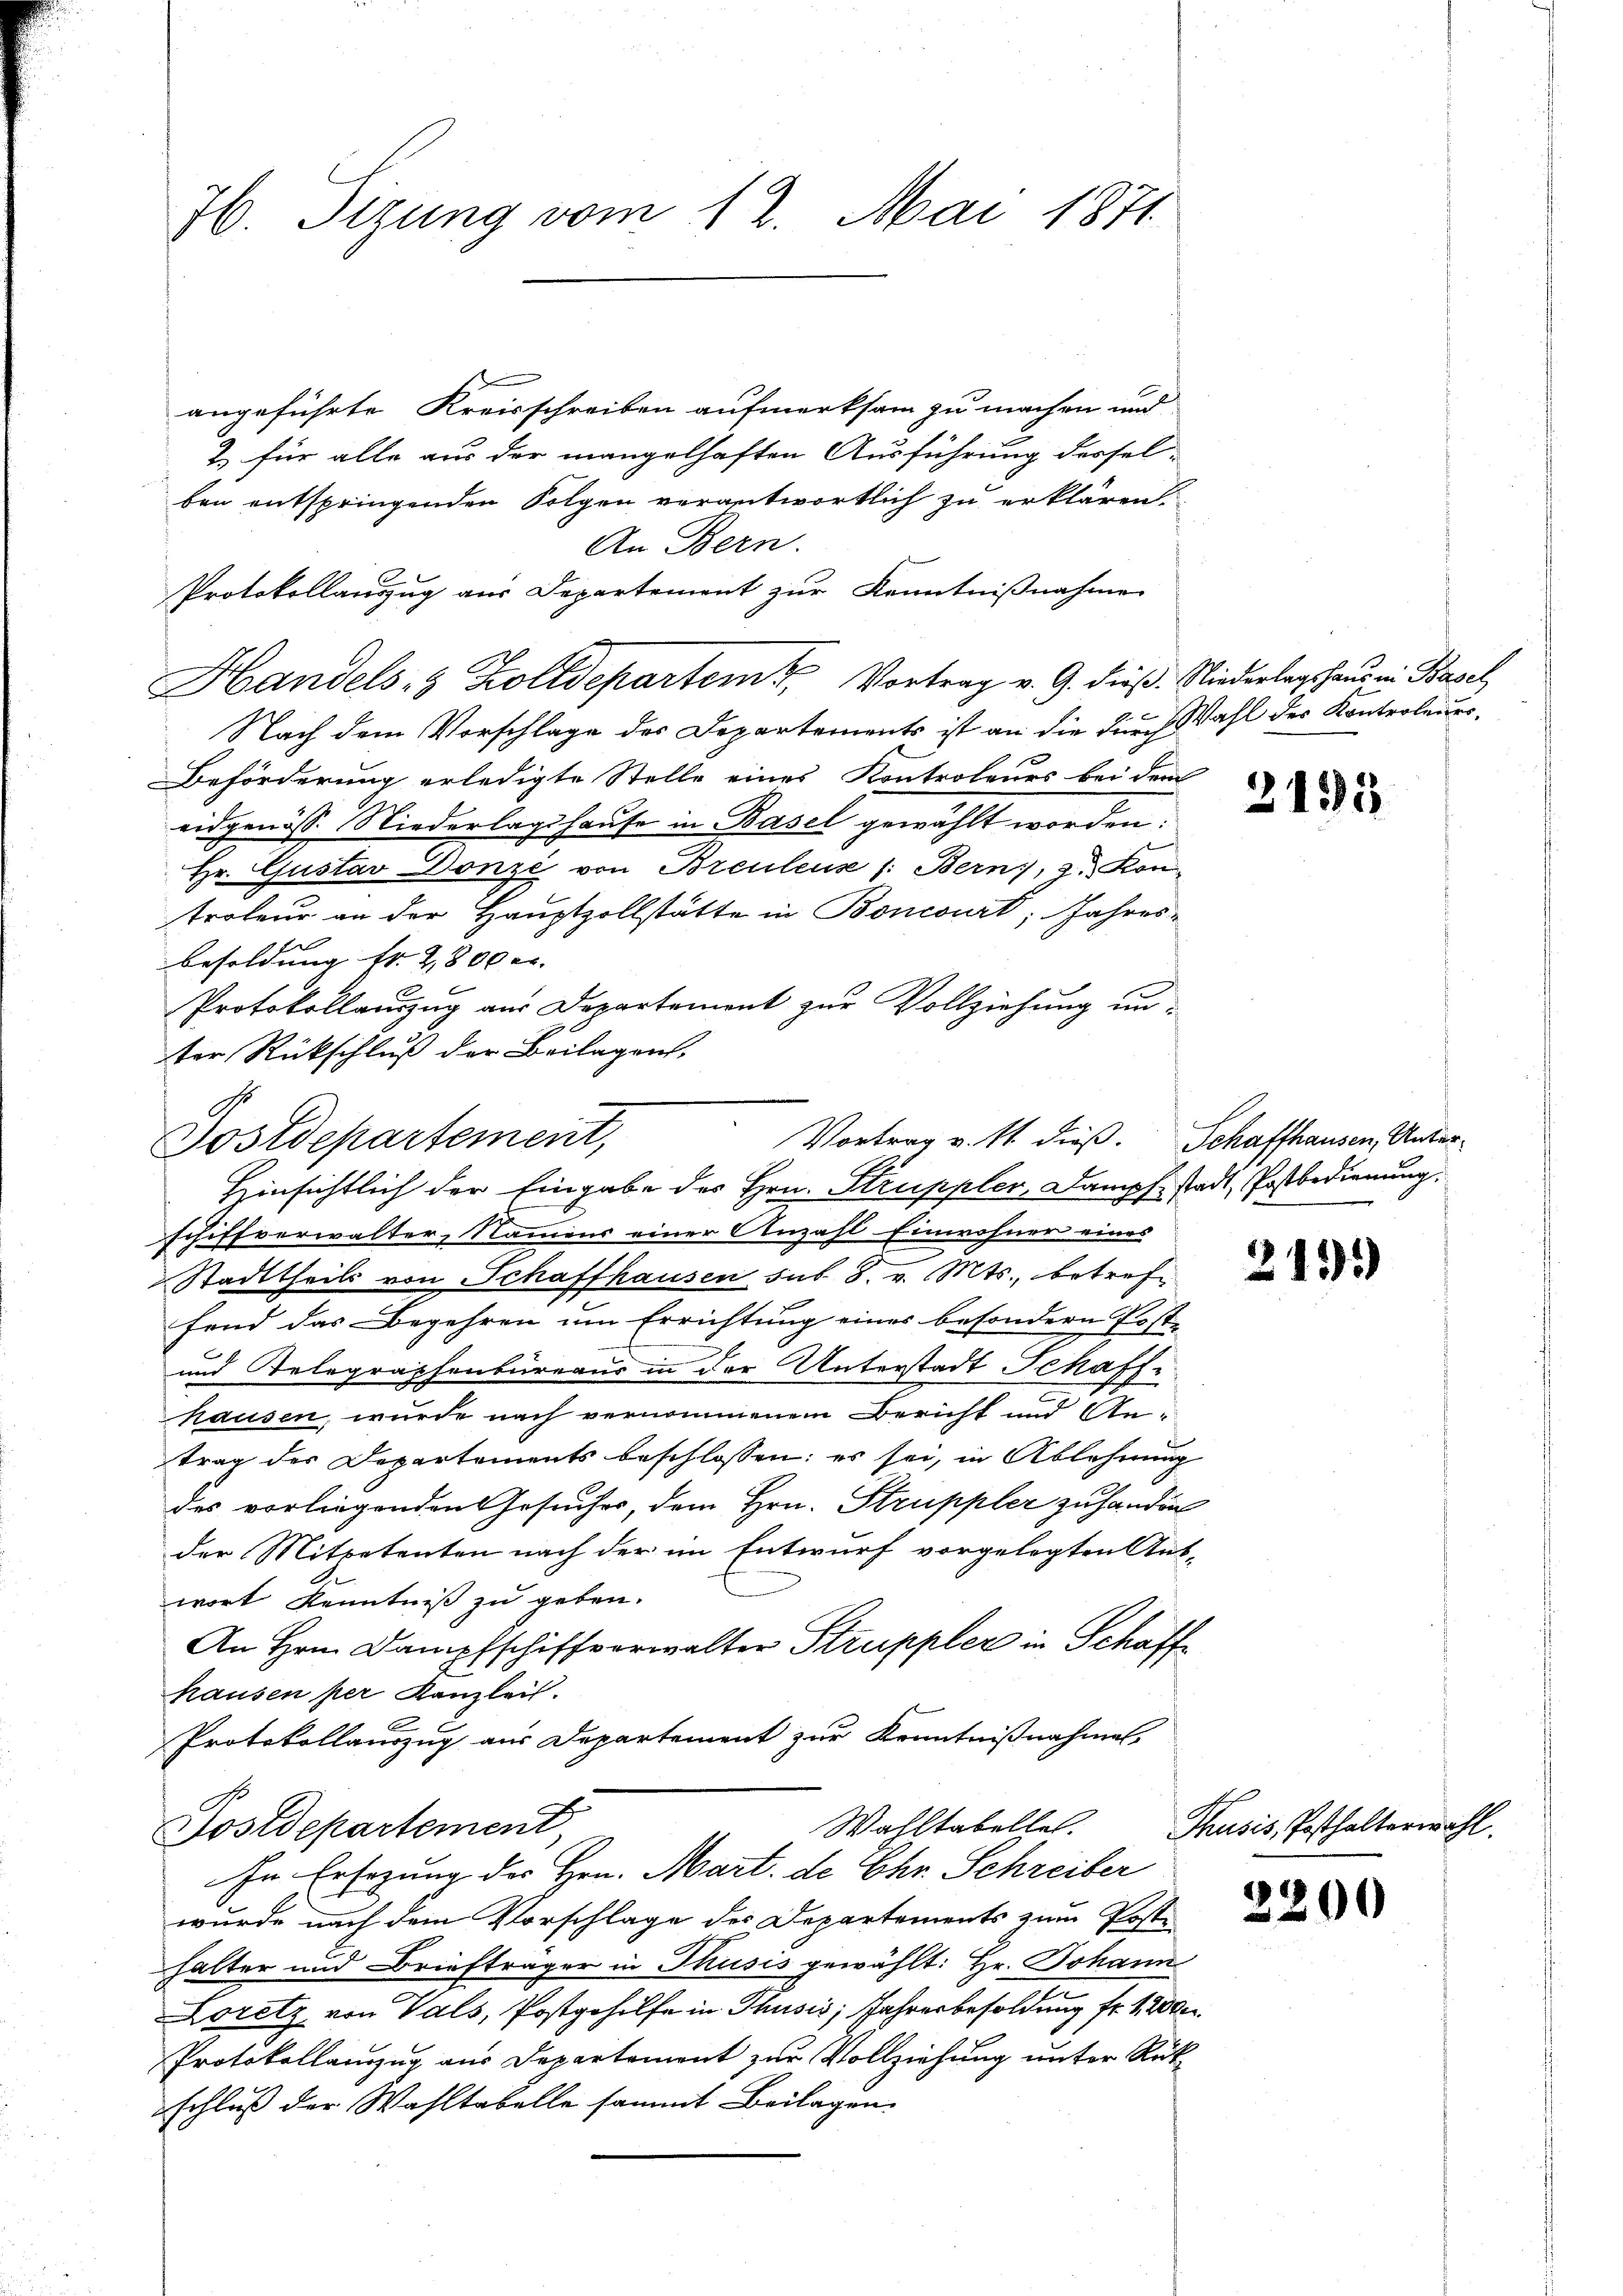
H. Tizung vom 12. Mai 1871

An Bern.
Protokollauszug aus Departement zur Kenntnißnahme

angeführte Kreisschreiben aufmerksam zu machen und
2.) für alle aus der mangelhaften Ausführung dersel-
ben entspringenden Folgen verantwortlich zu erklären.
Handels- & Zolldepartem Vortrag v. G. dieβ. Niederlagshaus in Basel
Nach dem Vorschlage des Departements ist an die durch Wahl des Kontroleurs¬
Beförderung erledigte Stelle eines Kontroleurs bei dem
eidgenöss. Niederlagshause in Basel gewählt worden:
Hr. Gustav Donzi von Breuleus /: Bern, 3. Kontrateur an der Hauptzollstätte in Boncourt, Jahresbesoldung Fr. 2800 er- |
Protokollauszug aus Departement zur Vollziehung un-
ter Rückschluß der Beilagen,
.
Hinsichtlich der Eingabe des Hrn. Struppler, Dampf stadt Postbedienung.
schiffverwalter, Namens einer Anzahl Einwohner eines
Stadttheils von Schaffhausen sub. 8. v. Mts., betreff
fend das Begehren um Errichtung eines besondern Poste
und Telegraphenbureaus in der Unterstadt Schaffhausen, wurde nach vernommenen Bericht und An-
trag des Departements beschlossen: es sei, in Ablehnung
des vorliegenden Gesuches, dem Hrn. Struppler zu handen
der Mitpetenten nach der im Entwurf vorgelegten Aus-
wort Kenntniß zu geben.
An Hrn. Dampfschiffverwalter Struppler in Schaff
hausen per Kanzleit.
Protokollauszug aus Departement zur Kenntnißnahmen,
Wahltabelle.
Postdepartement,
In Ersezung des Hrn. Mart. de Chr. Schreiber
wurde nach dem Vorschlage des Departements zum Poste
halter und Briefträger in Thusis gewählt: Hr. Johann
Loretz von Vals, Postgehilfe in Thusis Jahresbesoldung fr. 1 2000.
Protokollanzug aus Departement zur Vollziehung unter Rükschluß der Wahltabelle sammt Beilagen.

Vortrag v. Mt. dieß. Schaffhausen, Unter¬
Postdepartement,

2193

2115)

Thusis, Posthalterwa

2200